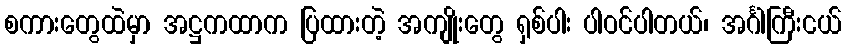
စကားတွေထဲမှာ အဋ္ဌကထာက ပြထားတဲ့ အကျိုးတွေ ရှစ်ပါး ပါဝင်ပါတယ်၊ အင်္ဂါကြီးငယ်